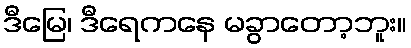
ဒီမြေ၊ ဒီရေကနေ မခွာတော့ဘူး။